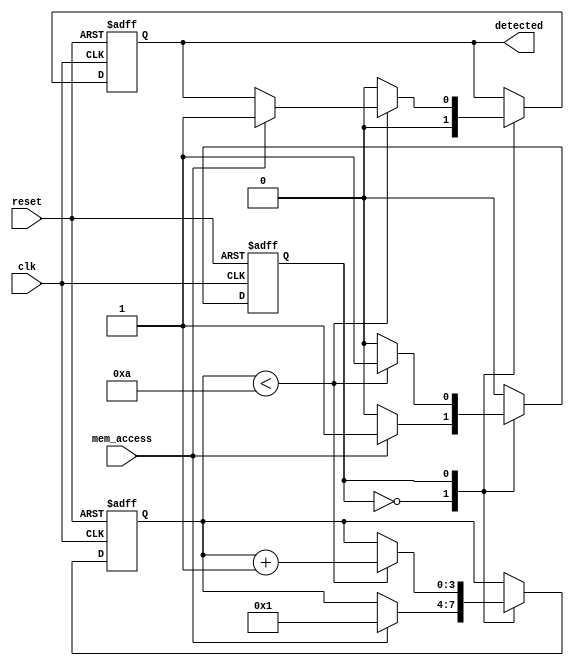
module memory_time_window_detector #(
    parameter TIME_WINDOW = 10 // Configurable time window in clock cycles
)(
    input wire clk,               // Clock signal
    input wire mem_access,        // Memory access signal
    input wire reset,             // Asynchronous reset signal
    output reg detected           // Detected signal
);

    reg [3:0] counter;            // Counter to track clock cycles (4 bits for up to 15 cycles)
    reg state;                    // State: 0 for Idle, 1 for Active

    // State encoding
    localparam IDLE = 1'b0;
    localparam ACTIVE = 1'b1;

    // Asynchronous reset and state machine
    always @(posedge clk or posedge reset) begin
        if (reset) begin
            // Reset state
            counter <= 0;
            detected <= 0;
            state <= IDLE;
        end else begin
            case (state)
                IDLE: begin
                    detected <= 0; // Ensure detected is low in idle state
                    if (mem_access) begin
                        // Memory access detected, move to active state
                        state <= ACTIVE;
                        counter <= 1; // Start counting from 1
                    end
                end
                ACTIVE: begin
                    if (mem_access) begin
                        // Another memory access detected within the time window
                        detected <= 1; // Set detected signal high
                    end
                    // Increment the counter
                    if (counter < TIME_WINDOW) begin
                        counter <= counter + 1; // Increment counter
                    end else begin
                        // Time window expired
                        state <= IDLE; // Return to idle state
                        detected <= 0; // Reset detected signal
                    end
                end
            endcase
        end
    end

endmodule